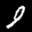
Label: 9